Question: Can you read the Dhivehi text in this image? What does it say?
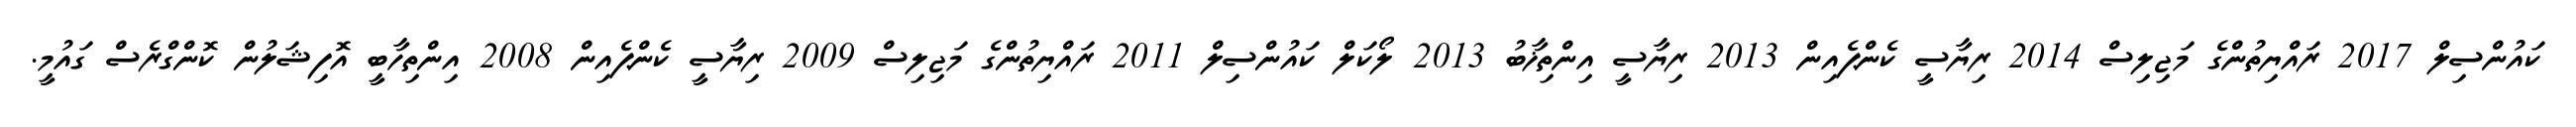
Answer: ކައުންސިލް 2017 ރައްޔިތުންގެ މަޖިލިސް 2014 ރިޔާސީ ކެންޕެއިން 2013 ރިޔާސީ އިންތިޚާބު 2013 ލޯކަލް ކައުންސިލް 2011 ރައްޔިތުންގެ މަޖިލިސް 2009 ރިޔާސީ ކެންޕެއިން 2008 އިންތިހާބީ އޮފިޝަލުން ކޮންގްރެސް ގައުމީ.